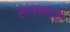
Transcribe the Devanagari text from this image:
हलकाये